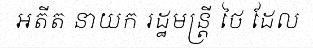
អតីត នាយក រដ្ឋមន្ត្រី ថៃ ដែល